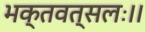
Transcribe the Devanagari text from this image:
भक्तवत्सलः।।